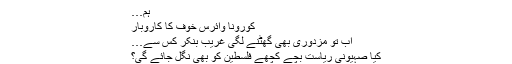
ہم…
کورونا وائرس خوف کا کاروبار
اب تو مزدوری بھی گھٹنے لگی غریب بٌنکر کس سے…
کیا صہیونی ریاست بچے کچھے فلسطین کو بھی نگل جائے گی؟